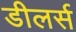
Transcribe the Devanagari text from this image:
डीलर्स